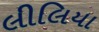
લીલિયા